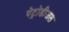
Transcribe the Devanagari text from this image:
पेट्रोडीजल